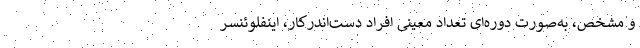
و مشخص، به‌صورت دوره‌ای تعداد معینی افراد دست‌اندرکار، اینفلوئنسر